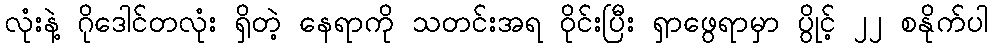
လုံးနဲ့ ဂိုဒေါင်တလုံး ရှိတဲ့ နေရာကို သတင်းအရ ဝိုင်းပြီး ရှာဖွေရာမှာ ပွိုင့် ၂၂ စနိုက်ပါ